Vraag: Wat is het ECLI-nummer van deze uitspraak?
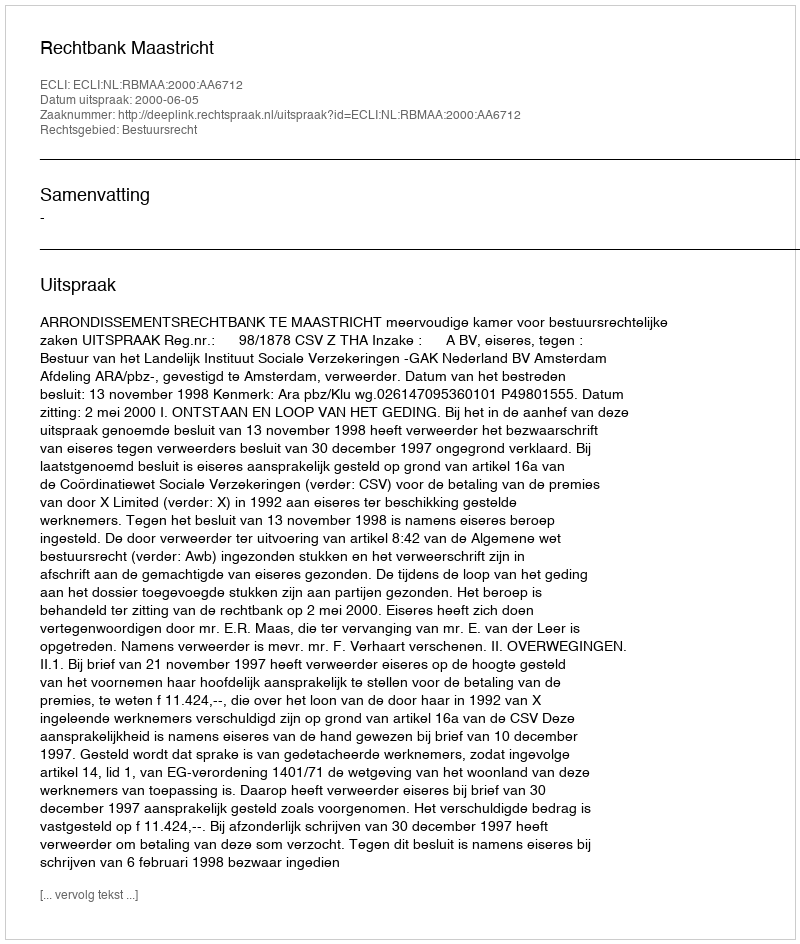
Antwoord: ECLI:NL:RBMAA:2000:AA6712